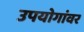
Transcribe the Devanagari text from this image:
उपयोगांवर